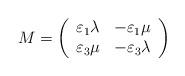
LaTeX: \begin{align*}M=\left( \begin{array}{cc}\varepsilon_1\lambda &-\varepsilon_1\mu\\\varepsilon_3\mu&-\varepsilon_{3}\lambda\end{array}\right) \end{align*}